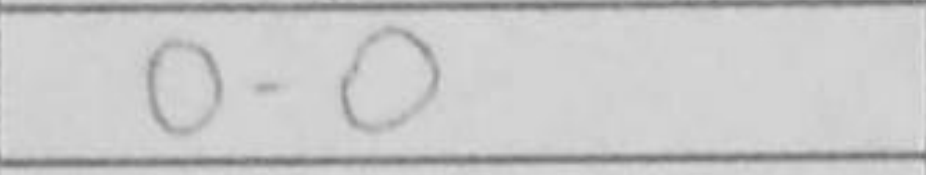
Transcription: O-O